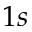
1 s